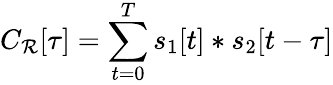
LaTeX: C_{\mathcal{R}}[\tau]=\sum_{t=0}^{T}s_{1}[t]*s_{2}[t-\tau]